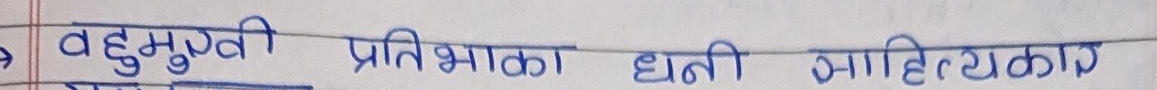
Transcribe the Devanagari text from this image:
बहुमुखी प्रतिभाका धनी साहित्यकार